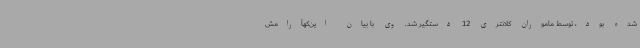
شده بود، توسط ماموران کلانتری 12 دستگیر شد. وی با بیان این‌کهآرامش